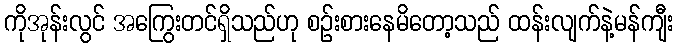
ကိုအုန်းလွင် အကြွေးတင်ရှိသည်ဟု စဉ်းစားနေမိတော့သည် ထန်းလျက်နဲ့မန်ကျီး